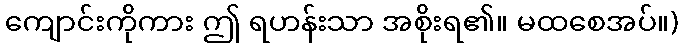
ကျောင်းကိုကား ဤ ရဟန်းသာ အစိုးရ၏။ မထစေအပ်။)